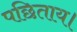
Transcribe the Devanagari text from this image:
पछिताय।